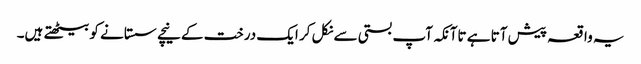
یہ واقعہ پیش آتا ہے تاآنکہ آپ بستی سے نکل کر ایک درخت کے نیچے سستانے کو بیٹھتے ہیں۔